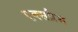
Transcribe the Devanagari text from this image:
एक्‍सप्रैस